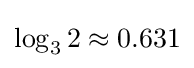
\log _{3}2\approx 0.631